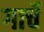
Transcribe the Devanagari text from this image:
गार्चे